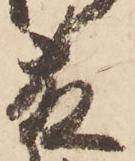
藤